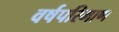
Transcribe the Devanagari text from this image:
वर्षपरिमाण